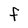
Character: f